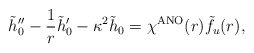
\begin{align*}\tilde{h}_0'' - \frac{1}{r} \tilde{h}_0' - \kappa^2 \tilde{h}_0 =\chi^{\rm ANO}(r) \tilde{f}_u(r),\end{align*}